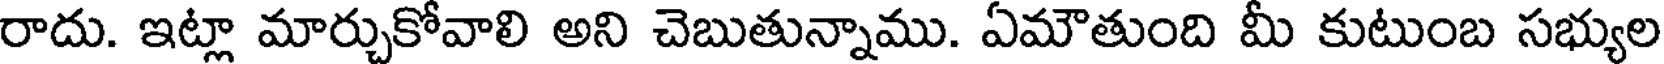
రాదు. ఇట్లా మార్చుకోవాలి అని చెబుతున్నాము. ఏమౌతుంది మీ కుటుంబ సభ్యుల